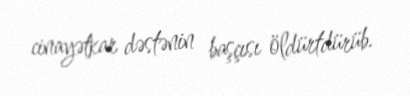
cinayətkar dəstənin başçısı öldürtdürüb.